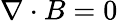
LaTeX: \nabla\cdot B=0